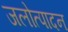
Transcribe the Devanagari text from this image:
जलोत्पादन